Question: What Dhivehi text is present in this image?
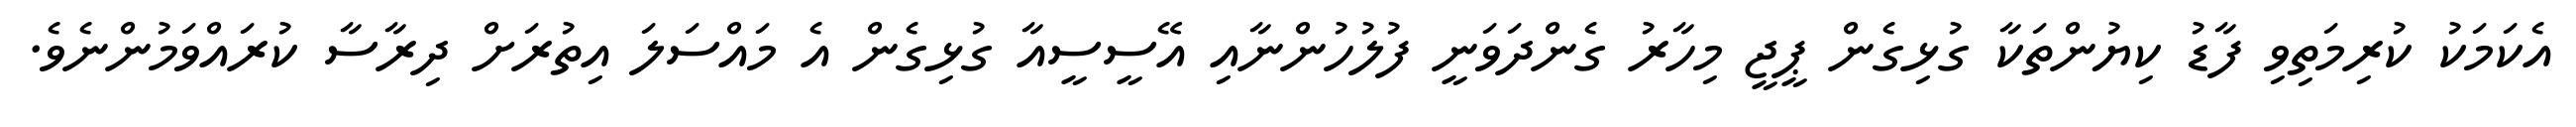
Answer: އެކަމަކު ކުރިމަތިވި ފާޑު ކިޔުންތަކާ ގުޅިގެން ޕީޖީ މިހާރު ގެންދަވަނީ ފުލުހުންނާއި އޭސީސީއާ ގުޅިގެން އެ މައްސަލަ އިތުރަށް ދިރާސާ ކުރައްވަމުންނެވެ.